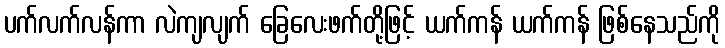
ပက်လက်လန်ကာ လဲကျလျက် ခြေလေးဖက်တို့ဖြင့် ယက်ကန် ယက်ကန် ဖြစ်နေသည်ကို